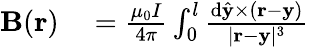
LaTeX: \begin{array}{rl}{\mathbf{B}(\mathbf{r})}&{{}=\frac{\mu_{0}I}{4\pi}\int_{0}^{l}\frac{\mathrm{d}\hat{\mathbf{y}}\times(\mathbf{r}-\mathbf{y})}{|\mathbf{r}-\mathbf{y}|^{3}}}\end{array}